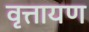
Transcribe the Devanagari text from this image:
वृत्तायण